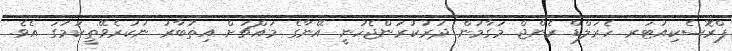
ޕްރޮސެކިއުޓަރ ހެރަލްޑް ރެންޖް މަގާމުން ދުރުކުރަންޖެހުނީ އޭނާގެ މައްޗަށް އިތުބާރު ނުކުރެވޭތީކަމުގަ އެވެ.